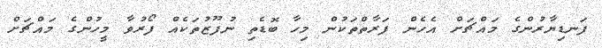
ފަނޑިޔާރުންގެ މައްޗަށް އެހެން ފަރާތްތަކުން މިހާ ބޮޑެތި ނުފޫޒުތަކެއް ފޯރުވާ މީހުންގެ މައްޗަށް